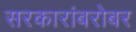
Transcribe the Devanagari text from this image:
सरकारांबरोबर